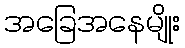
အခြေအနေမျိုး